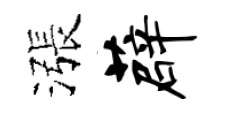
漲薜